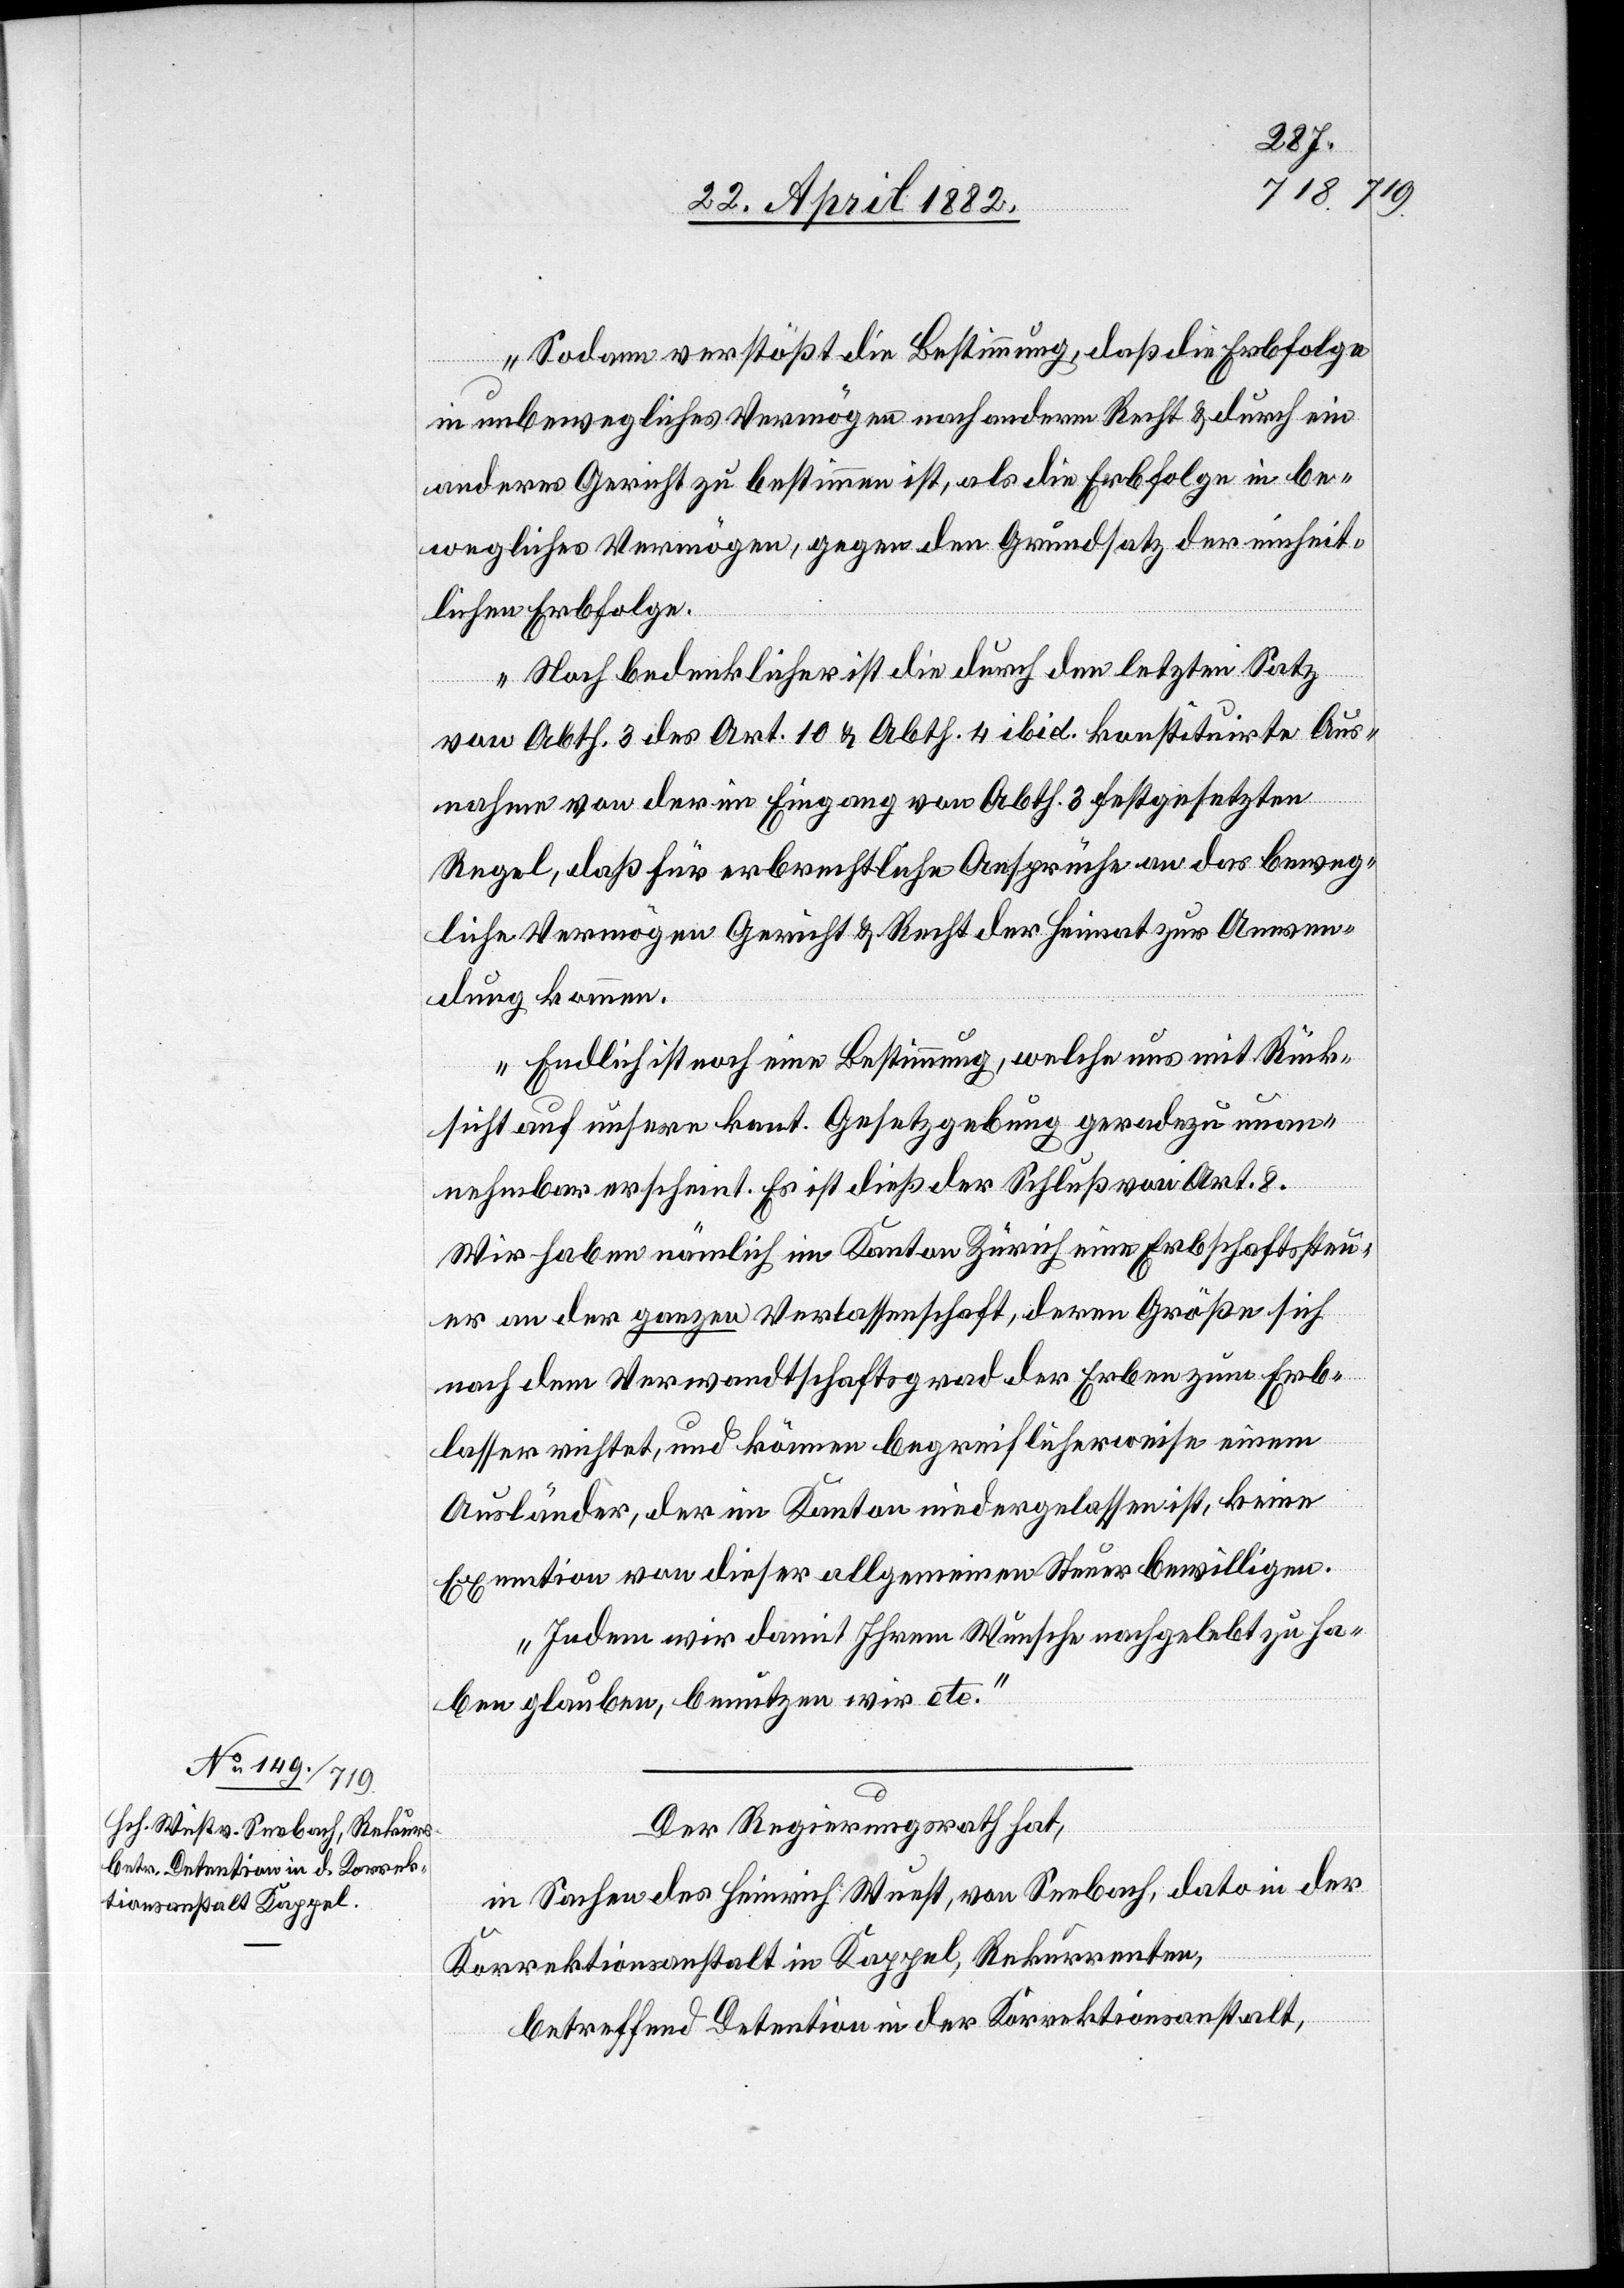
Sodann verstößt die Bestimmung, daß die Erbfolge
in unbewegliches Vermögen nach anderem Recht & durch ein
anderes Gericht zu bestimmen ist, als die Erbfolge in be¬
wegliches Vermögen, gegen den Grundsatz der einheit¬
lichen Erbfolge.
Noch bedenklicher ist die durch den letzten Satz
von Abth. 3 des Art. 10 & Abth. 4 ibid. konstituirte Aus¬
nahme von der im Eingang von Abth. 3 festgesetzten
Regel, daß für erbrechtliche Ansprüche an das beweg¬
liche Vermögen Gericht & Recht der Heimat zu Anwen¬
dung kommen.
Endlich ist noch eine Bestimmung, welche uns mit Rück¬
sicht auf unsere kant. Gesetzgebung geradezu unan¬
nehmbar erscheint. Es ist dieß der Schluß von Art. 8.
Wir haben nämlich im Kanton Zürich eine Erbschaftssteu¬
er an der ganzen Verlassenschaft, deren Größe sich
nach dem Verwandtschaftsgrade der Erben zum Erb¬
lasser richtet, und können begreiflicherweise einem
Ausländer, der im Kanton niedergelassen ist, keine
Exemtion von dieser allgemeinen Steuer bewilligen.
Indem wir damit Ihrem Wunsch nachgelebt zu ha¬
ben glauben, benutzen wir etc.“
Der Regierungsrath hat,
in Sachen des Heinrich Wuest, von Seebach, dato in der
Korrektionsanstalt Kappel, Rekurrenten,
betreffend Detention in der Korrektionsanstalt,